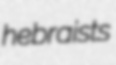
hebraists